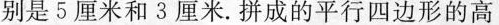
别是5厘米和3厘米。拼成的平行四边形的高